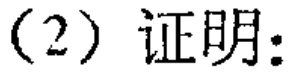
(2) 证明：